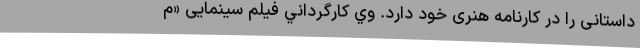
داستانی را در کارنامه هنری خود دارد. وي كارگرداني فيلم سينمایی «م